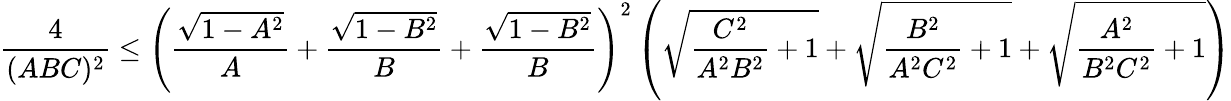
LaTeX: \frac{4}{(ABC)^{2}}\leq\left(\frac{\sqrt{1-A^{2}}}{A}+\frac{\sqrt{1-B^{2}}}{B}+\frac{\sqrt{1-B^{2}}}{B}\right)^{2}\left(\sqrt{\frac{C^{2}}{A^{2}B^{2}}+1}+\sqrt{\frac{B^{2}}{A^{2}C^{2}}+1}+\sqrt{\frac{A^{2}}{B^{2}C^{2}}+1}\right)